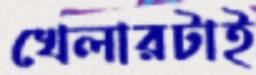
খেলারটাই